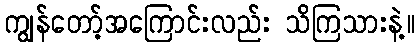
ကျွန်တော့်အကြောင်းလည်း သိကြသားနဲ့။